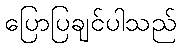
ပြောပြချင်ပါသည်